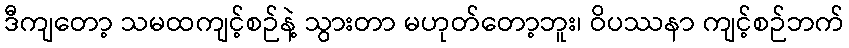
ဒီကျတော့ သမထကျင့်စဉ်နဲ့ သွားတာ မဟုတ်တော့ဘူး၊ ဝိပဿနာ ကျင့်စဉ်ဘက်